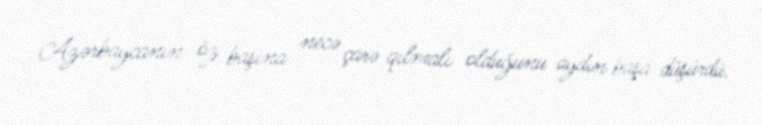
Azərbaycanın öz başına necə çarə qılmalı olduğunu aydın başa düşürdü.